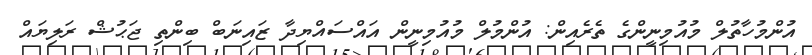
އުންމުހާތުލް މުއުމިނީންގެ ތެރެއިން: އުންމުލް މުއުމިނީން އައްސައްޔިދާ ޒައިނަބް ބިންތި ޖަޙުޝް ރަލިޔައް